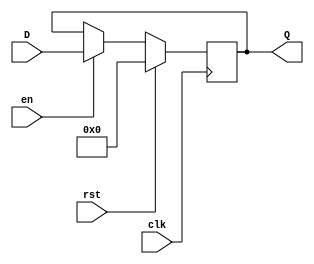
/*JB Bahrenburg
* reg32.v
* This describes a basic 32-bit register which is synchronous with the
* negative-edge of a clock
* INPUTS: D which is the 32-bit input value to be stored, a clock, an aneable
* pin, and a reset pin
* OUTPUTS: Q which is the 32-bit stored value*/
module reg32 (
	input [31:0] D,
	input en, clk, rst,
	output [31:0] Q
);

	reg [31:0] internal;	// The internally stored value
	
	always @ (negedge clk) begin
		if(rst == 1)
			internal = {32{1'b0}};	// if reset is active, set stored value to 0
		else if (en == 1)
			internal = D;	// If enabled set the internal value to the input
		else
			internal = internal;	// Otherwise the internally stored value should remain the same
	end
	
	assign Q = internal;	// Assign the output to the internally stored value

endmodule